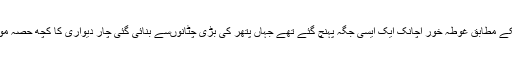
تفصیلاتکے مطابق غوطہ خور اچانک ایک ایسی جگہ پہنچ گئے تھے جہاں پتھر کی بڑی چٹانوںسے بنائی گئی چار دیواری کا کچھ حصہ موجود تھا۔